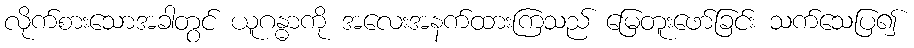
လိုက်စားသောအခါတွင် ယူဂန္ဓာကို အလေးအနက်ထားကြသည် မြေတူးဖော်ခြင်း သက်သေပြ၍